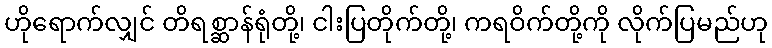
ဟိုရောက်လျှင် တိရစ္ဆာန်ရုံတို့၊ ငါးပြတိုက်တို့၊ ကရဝိက်တို့ကို လိုက်ပြမည်ဟု